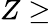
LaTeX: Z\ge